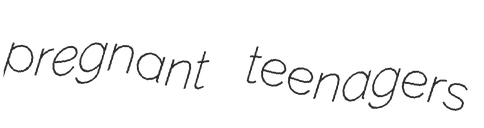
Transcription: pregnant teenagers